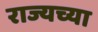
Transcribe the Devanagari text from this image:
राज्यच्या